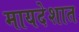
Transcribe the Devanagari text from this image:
मायदेशात